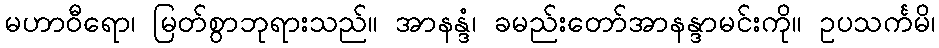
မဟာဝီရော၊ မြတ်စွာဘုရားသည်။ အာနန္ဒံ၊ ခမည်းတော်အာနန္ဒာမင်းကို။ ဥပသင်္ကမိ၊